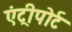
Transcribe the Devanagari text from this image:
एंट्रीपोर्ट